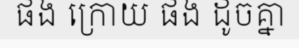
ផង ក្រោយ ផង ដូចគ្នា